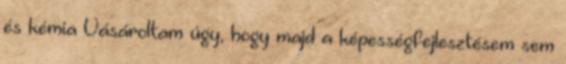
és kémia Vásároltam úgy, hogy majd a képességfejlesztésem sem